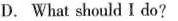
D.What should I do?